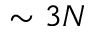
\sim 3 N